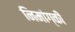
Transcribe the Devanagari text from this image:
निमांग्की